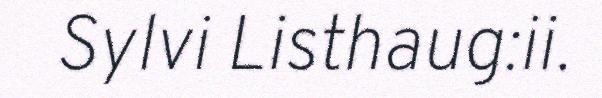
Sylvi Listhaug:ii.